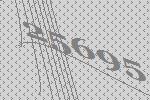
25695